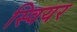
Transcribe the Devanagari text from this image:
स्वियर